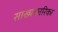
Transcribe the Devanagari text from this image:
सांख्‍यकारिका